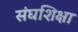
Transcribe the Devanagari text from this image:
संघशिक्षा